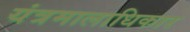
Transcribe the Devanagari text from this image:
यंत्रमालाधिकार